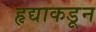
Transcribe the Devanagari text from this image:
हृद्याकडून